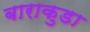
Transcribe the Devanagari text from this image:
बाराकुडा